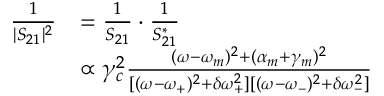
\begin{array} { r l } { \frac { 1 } { | S _ { 2 1 } | ^ { 2 } } } & { = \frac { 1 } { S _ { 2 1 } } \cdot \frac { 1 } { S _ { 2 1 } ^ { * } } } \\ & { \propto \gamma _ { c } ^ { 2 } \frac { ( \omega - \omega _ { m } ) ^ { 2 } + ( \alpha _ { m } + \gamma _ { m } ) ^ { 2 } } { [ ( \omega - \omega _ { + } ) ^ { 2 } + \delta \omega _ { + } ^ { 2 } ] [ ( \omega - \omega _ { - } ) ^ { 2 } + \delta \omega _ { - } ^ { 2 } ] } } \end{array}